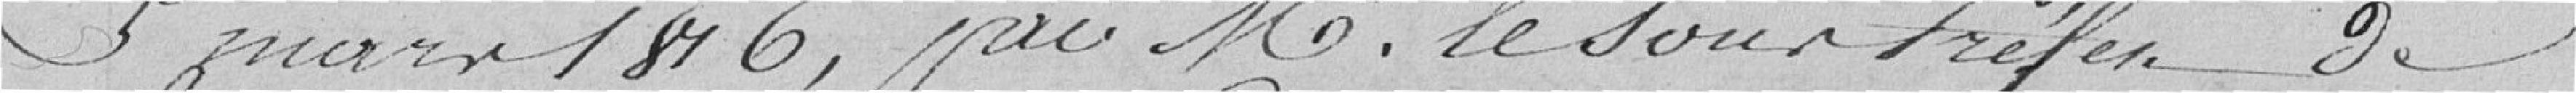
5 mars 1816, par Mr le Sous Préfet de